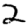
Digit: 2